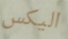
اليكس